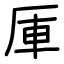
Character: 厙